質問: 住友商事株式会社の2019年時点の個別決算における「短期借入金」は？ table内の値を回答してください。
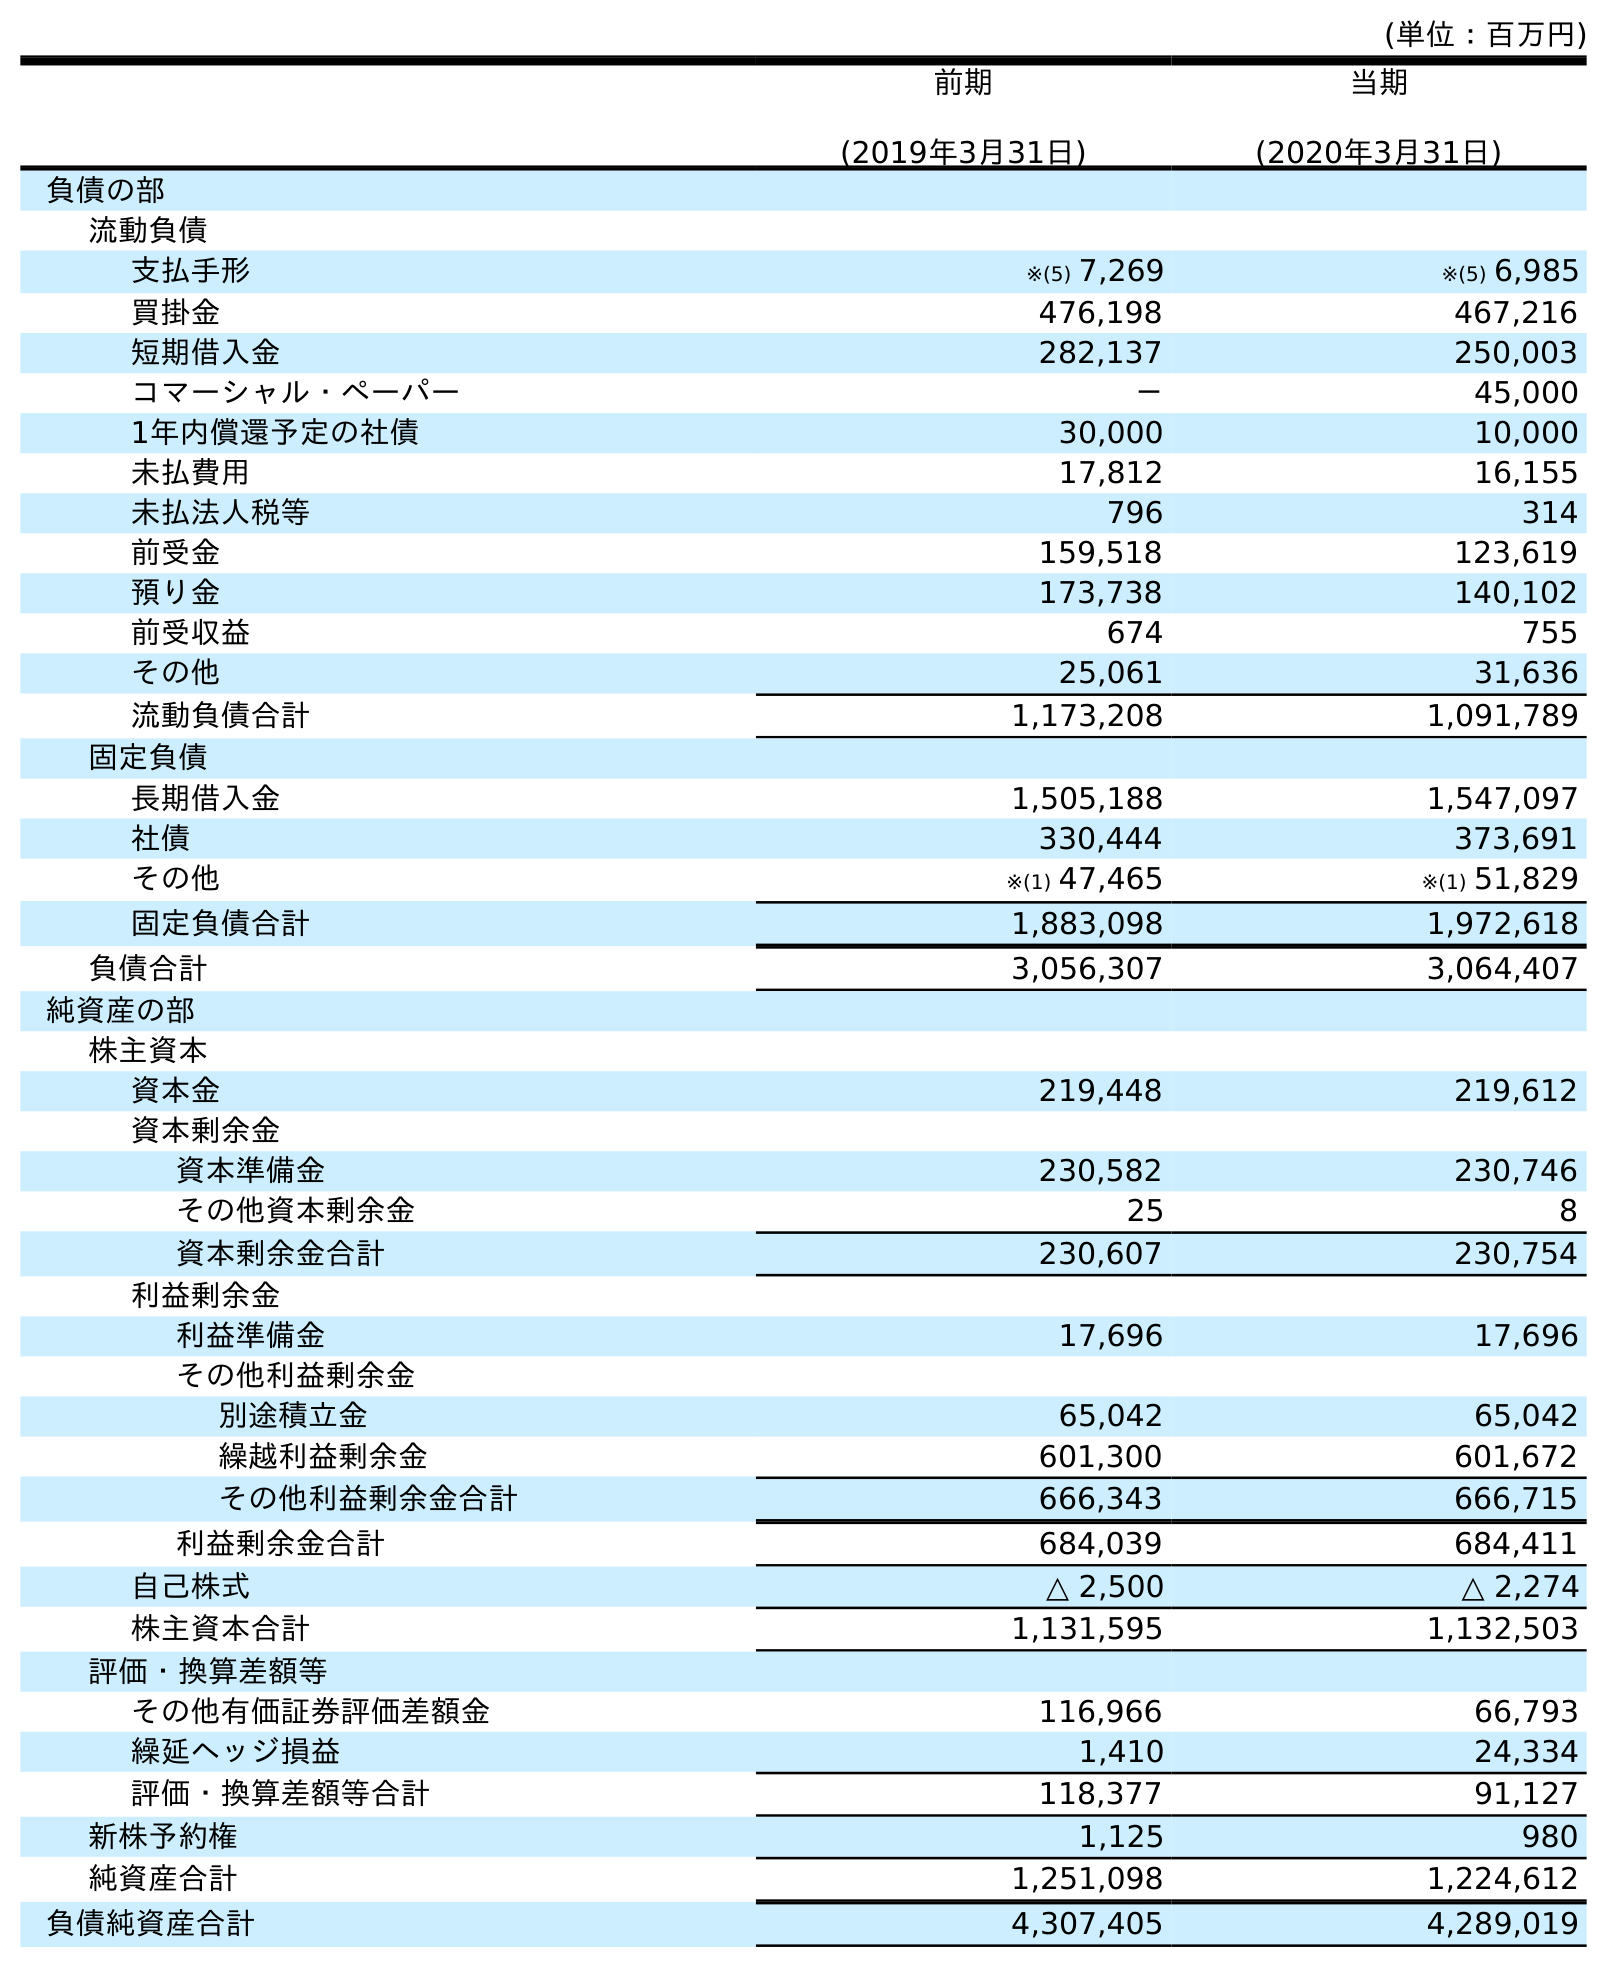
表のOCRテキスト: (単位：百万円) 前期 (2019年3月31日) 当期 (2020年3月31日) 負債の部 流動負債 支払手形 ※(5) 7,269 ※(5) 6,985 買掛金 476,198 467,216 短期借入金 282,137 250,003 コマーシャル・ペーパー － 45,000 1年内償還予定の社債 30,000 10,000 未払費用 17,812 16,155 未払法人税等 796 314 前受金 159,518 123,619 預り金 173,738 140,102 前受収益 674 755 その他 25,061 31,636 流動負債合計 1,173,208 1,091,789 固定負債 長期借入金 1,505,188 1,547,097 社債 330,444 373,691 その他 ※(1) 47,465 ※(1) 51,829 固定負債合計 1,883,098 1,972,618 負債合計 3,056,307 3,064,407 純資産の部 株主資本 資本金 219,448 219,612 資本剰余金 資本準備金 230,582 230,746 その他資本剰余金 25 8 資本剰余金合計 230,607 230,754 利益剰余金 利益準備金 17,696 17,696 その他利益剰余金 別途積立金 65,042 65,042 繰越利益剰余金 601,300 601,672 その他利益剰余金合計 666,343 666,715 利益剰余金合計 684,039 684,411 自己株式 △ 2,500 △ 2,274 株主資本合計 1,131,595 1,132,503 評価・換算差額等 その他有価証券評価差額金 116,966 66,793 繰延ヘッジ損益 1,410 24,334 評価・換算差額等合計 118,377 91,127 新株予約権 1,125 980 純資産合計 1,251,098 1,224,612 負債純資産合計 4,307,405 4,289,019
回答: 282,137